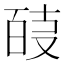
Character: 𭆴